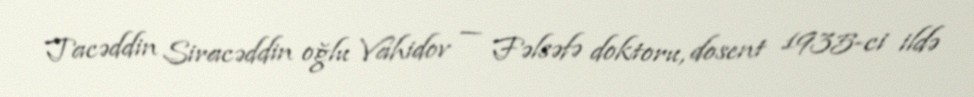
Tacəddin Siracəddin oğlu Vahidov — Fəlsəfə doktoru, dosent 1935-ci ildə